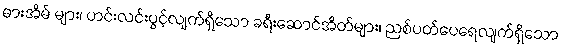
ဓားအိမ် များ၊ ဟင်းလင်းပွင့်လျက်ရှိသော ခရီးဆောင်အိတ်များ၊ ညစ်ပတ်ပေရေလျက်ရှိသော